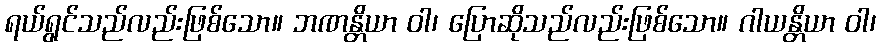
ရယ်ရွင်သည်လည်းဖြစ်သော။ ဘဏန္တိယာ ဝါ၊ ပြောဆိုသည်လည်းဖြစ်သော။ ဂါယန္တိယာ ဝါ၊